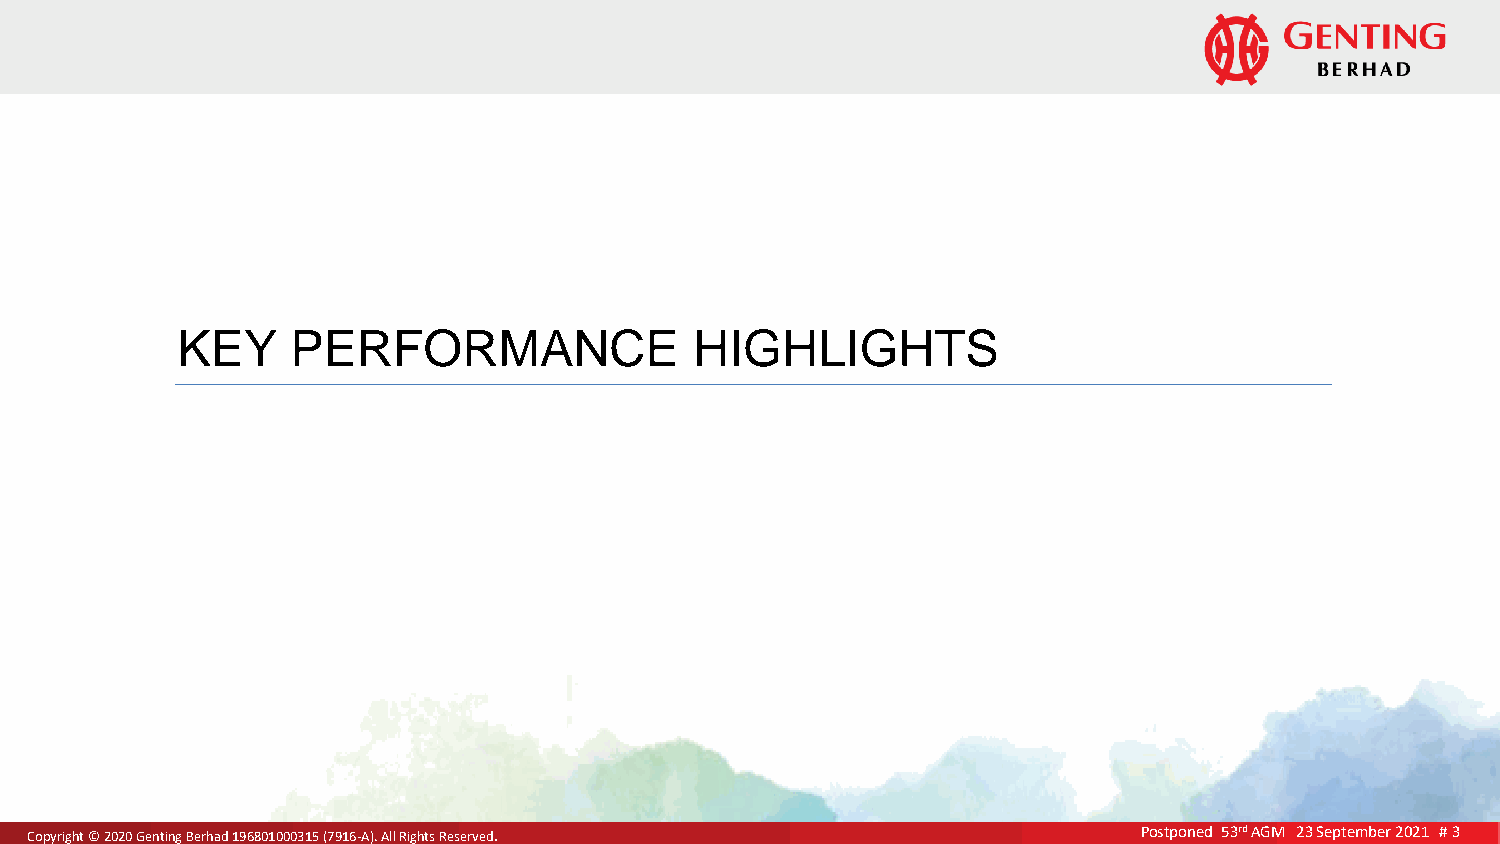
KEY    PERFORMANCE                HIGHLIGHTS
 CCooppyyrriigghhtt ©© 22002200 GGeennttiinngg BBeerrhhaadd 119966880011000000331155 ((77991166--AA)).. AAllll RRiigghhttss RReesseerrvveedd.. Postponed 53rd AGM 23 September 2021 # 3